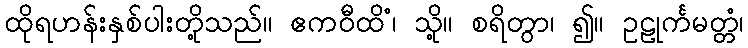
ထိုရဟန်းနှစ်ပါးတို့သည်။ ဧကဝီထိံ၊ သို့။ စရိတွာ၊ ၍။ ဥဠုင်္ကမတ္တံ၊